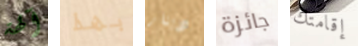
آلهة بهذا دينار جائزة إقامتك